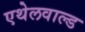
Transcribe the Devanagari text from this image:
एथेलवाल्ड